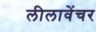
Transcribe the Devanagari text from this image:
लीलावेंचर